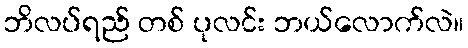
ဘိလပ်ရည် တစ် ပုလင်း ဘယ်လောက်လဲ။